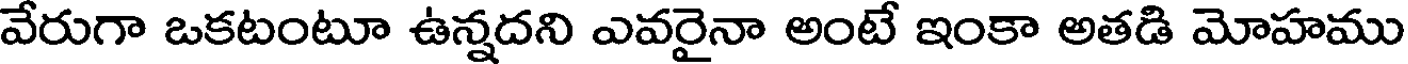
వేరుగా ఒకటంటూ ఉన్నదని ఎవరైనా అంటే ఇంకా అతడి మోహము